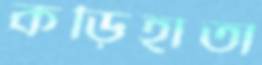
কড়িহাতা